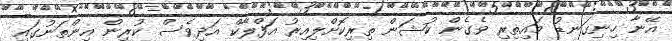
އޭނާ ހިނިގަނޑު މައިތިރި ވެގެން ކުޝަން ތިރިކޮށްލިއިރު އަފްލާކް އަދިވެސް ކުރިން އިންތަނުގައި